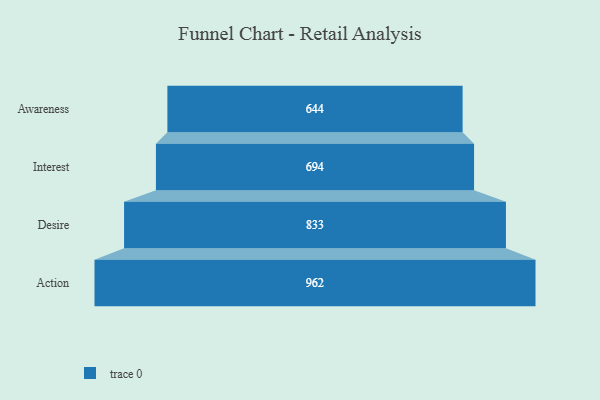
{"axis": {"x": "Stage", "y": "Value"}, "legend": [""], "data": [{"x": "Awareness", "y": 644.0, "type": ""}, {"x": "Interest", "y": 694.0, "type": ""}, {"x": "Desire", "y": 833.0, "type": ""}, {"x": "Action", "y": 962.0, "type": ""}]}